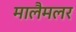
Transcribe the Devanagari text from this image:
मालैमलर